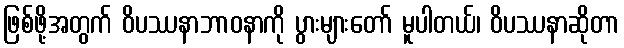
ဖြစ်ဖို့အတွက် ဝိပဿနာဘာဝနာကို ပွားများတော် မူပါတယ်၊ ဝိပဿနာဆိုတာ